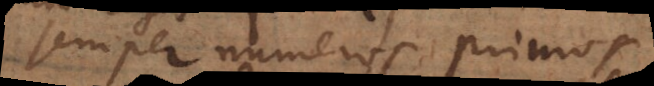
semper numeros primos